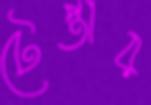
টেপ্তার